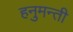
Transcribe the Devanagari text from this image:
हनुमन्ती